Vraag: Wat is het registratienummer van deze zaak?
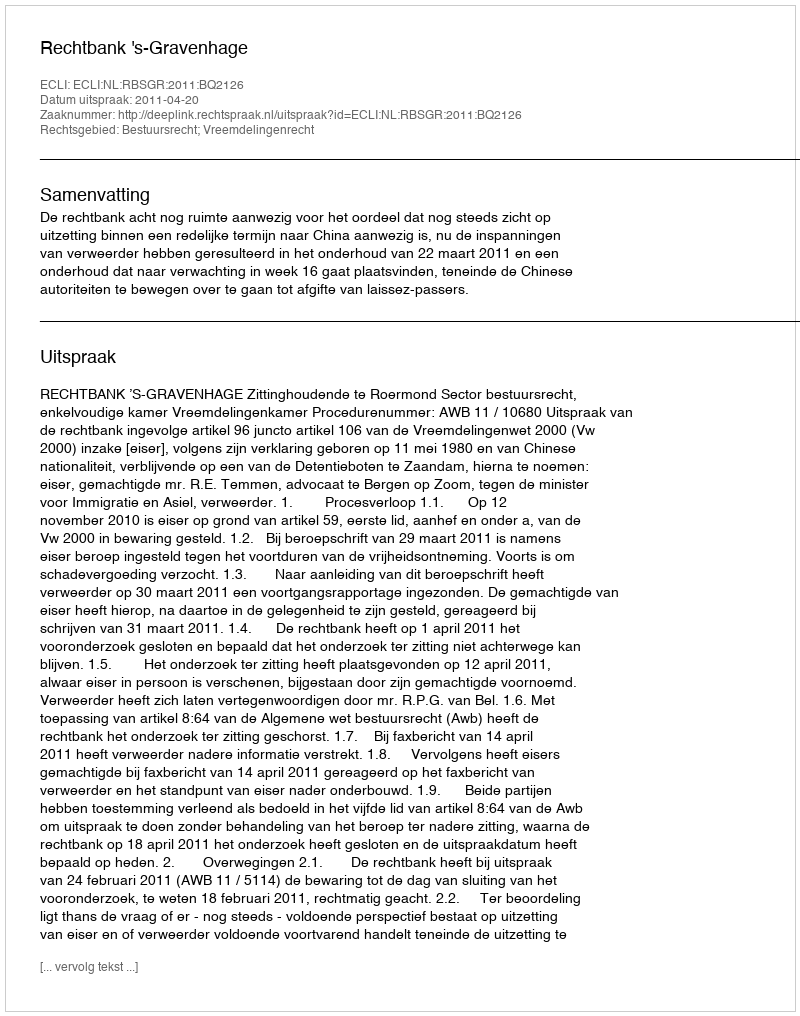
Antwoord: http://deeplink.rechtspraak.nl/uitspraak?id=ECLI:NL:RBSGR:2011:BQ2126